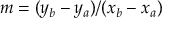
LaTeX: m = ( y _ { b } - y _ { a } ) / ( x _ { b } - x _ { a } )